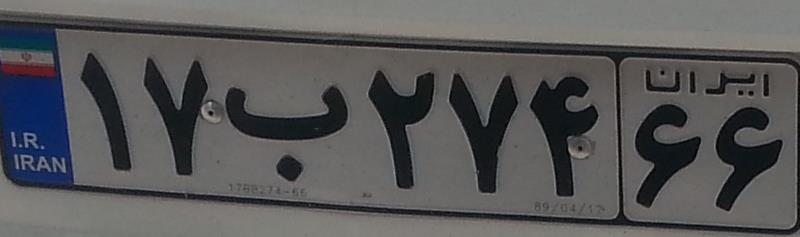
۱۷ب۲۷۴۶۶